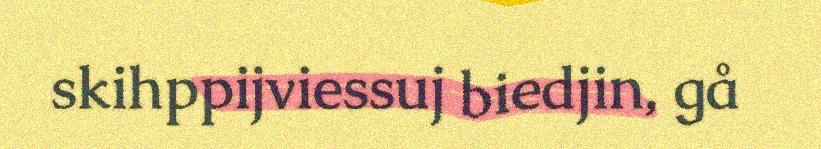
skihppijviessuj biedjin, gå